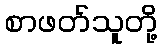
စာဖတ်သူတို့